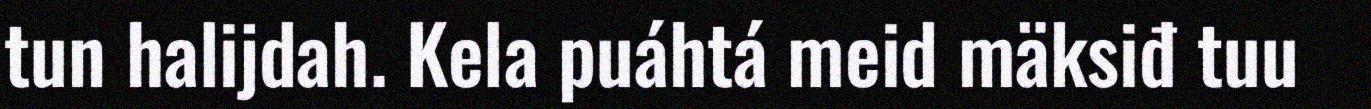
tun halijdah. Kela puáhtá meid mäksiđ tuu